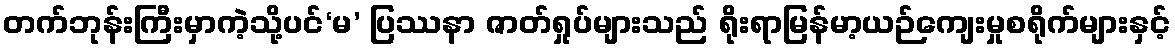
တက်ဘုန်းကြီးမှာကဲ့သို့ပင်‘မ’ ပြဿနာ ဇာတ်ရှုပ်များသည် ရိုးရာမြန်မာ့ယဉ်ကျေးမှုစရိုက်များနှင့်